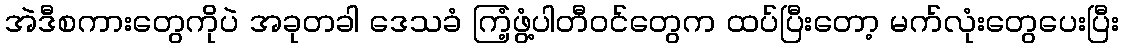
အဲဒီစကားတွေကိုပဲ အခုတခါ ဒေသခံ ကြံ့ဖွံ့ပါတီဝင်တွေက ထပ်ပြီးတော့ မက်လုံးတွေပေးပြီး